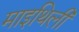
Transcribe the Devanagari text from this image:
माइथिली